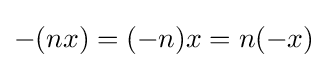
-(nx)=(-n)x=n(-x)